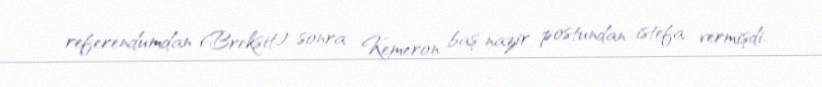
referendumdan (Breksit) sonra Kemeron baş nazir postundan istefa vermişdi.